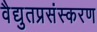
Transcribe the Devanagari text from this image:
वैद्युतप्रसंस्करण